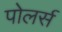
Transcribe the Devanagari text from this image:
पोलर्स